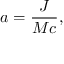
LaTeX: a = { \frac { J } { M c } } ,